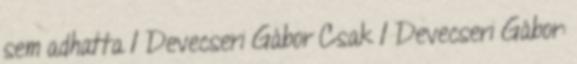
sem adhatta 1 Devecseri Gábor Csak 1 Devecseri Gábor: